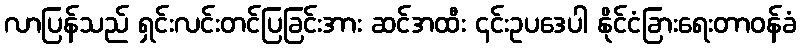
လာပြန်သည် ရှင်းလင်းတင်ပြခြင်းအား ဆင်အထီး ၎င်းဥပဒေပါ နိုင်ငံခြားရေးတာဝန်ခံ